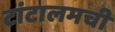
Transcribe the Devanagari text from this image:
टांटालमची